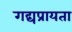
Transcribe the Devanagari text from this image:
गद्यप्रायता